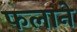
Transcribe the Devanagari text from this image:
फलाने